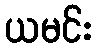
ယမင်း